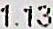
1.13